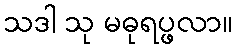
သဒါ သု မဓုရပ္ဖလာ။